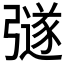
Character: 𭛉